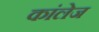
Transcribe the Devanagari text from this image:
कांलेज